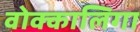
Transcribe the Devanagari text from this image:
वोक्कालिगा